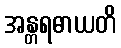
အန္တရဓာယတိ